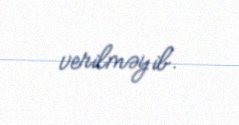
verilməyib.